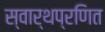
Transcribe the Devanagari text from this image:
स्वार्थप्रणित